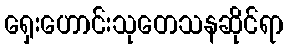
ရှေးဟောင်းသုတေသနဆိုင်ရာ